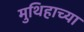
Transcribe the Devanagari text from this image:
मुथिहाच्या